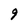
Character: 9